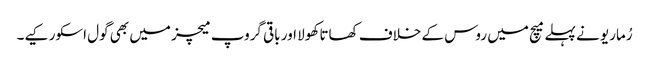
رُماریو نے پہلے میچ میں روس کے خلاف کھاتا کھولا اور باقی گروپ میچز میں بھی گول اسکور کیے۔